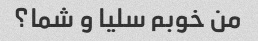
من خوبم سلیا و شما؟